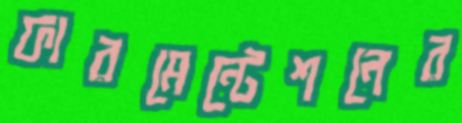
ফারমেন্টেশনের